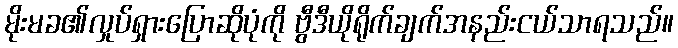
မိုးမခ၏လှုပ်ရှားပြောဆိုပုံကို ဗွီဒီယိုရိုက်ချက်အနည်းငယ်သာရသည်။